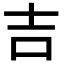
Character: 吉